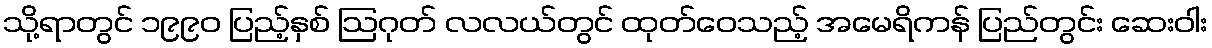
သို့ရာတွင် ၁၉၉၀ ပြည့်နှစ် ဩဂုတ် လလယ်တွင် ထုတ်ဝေသည့် အမေရိကန် ပြည်တွင်း ဆေးဝါး